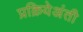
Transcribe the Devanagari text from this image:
प्रक्रियेअंती